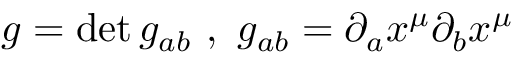
g = \operatorname * { d e t } g _ { a b } \ , \ g _ { a b } = \partial _ { a } x ^ { \mu } \partial _ { b } x ^ { \mu }